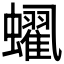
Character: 𲀐